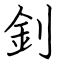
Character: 釗